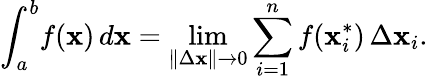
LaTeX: \int_{a}^{b}\! f(\mathbf{x})\, d\mathbf{x}=\operatorname*{lim}_{\| \Delta\mathbf{x}\| \rightarrow0}\sum_{i=1}^{n}f(\mathbf{x}_{i}^{*})\, \Delta\mathbf{x}_{i}.